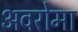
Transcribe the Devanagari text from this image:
अवरोमा